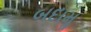
બદામૢ